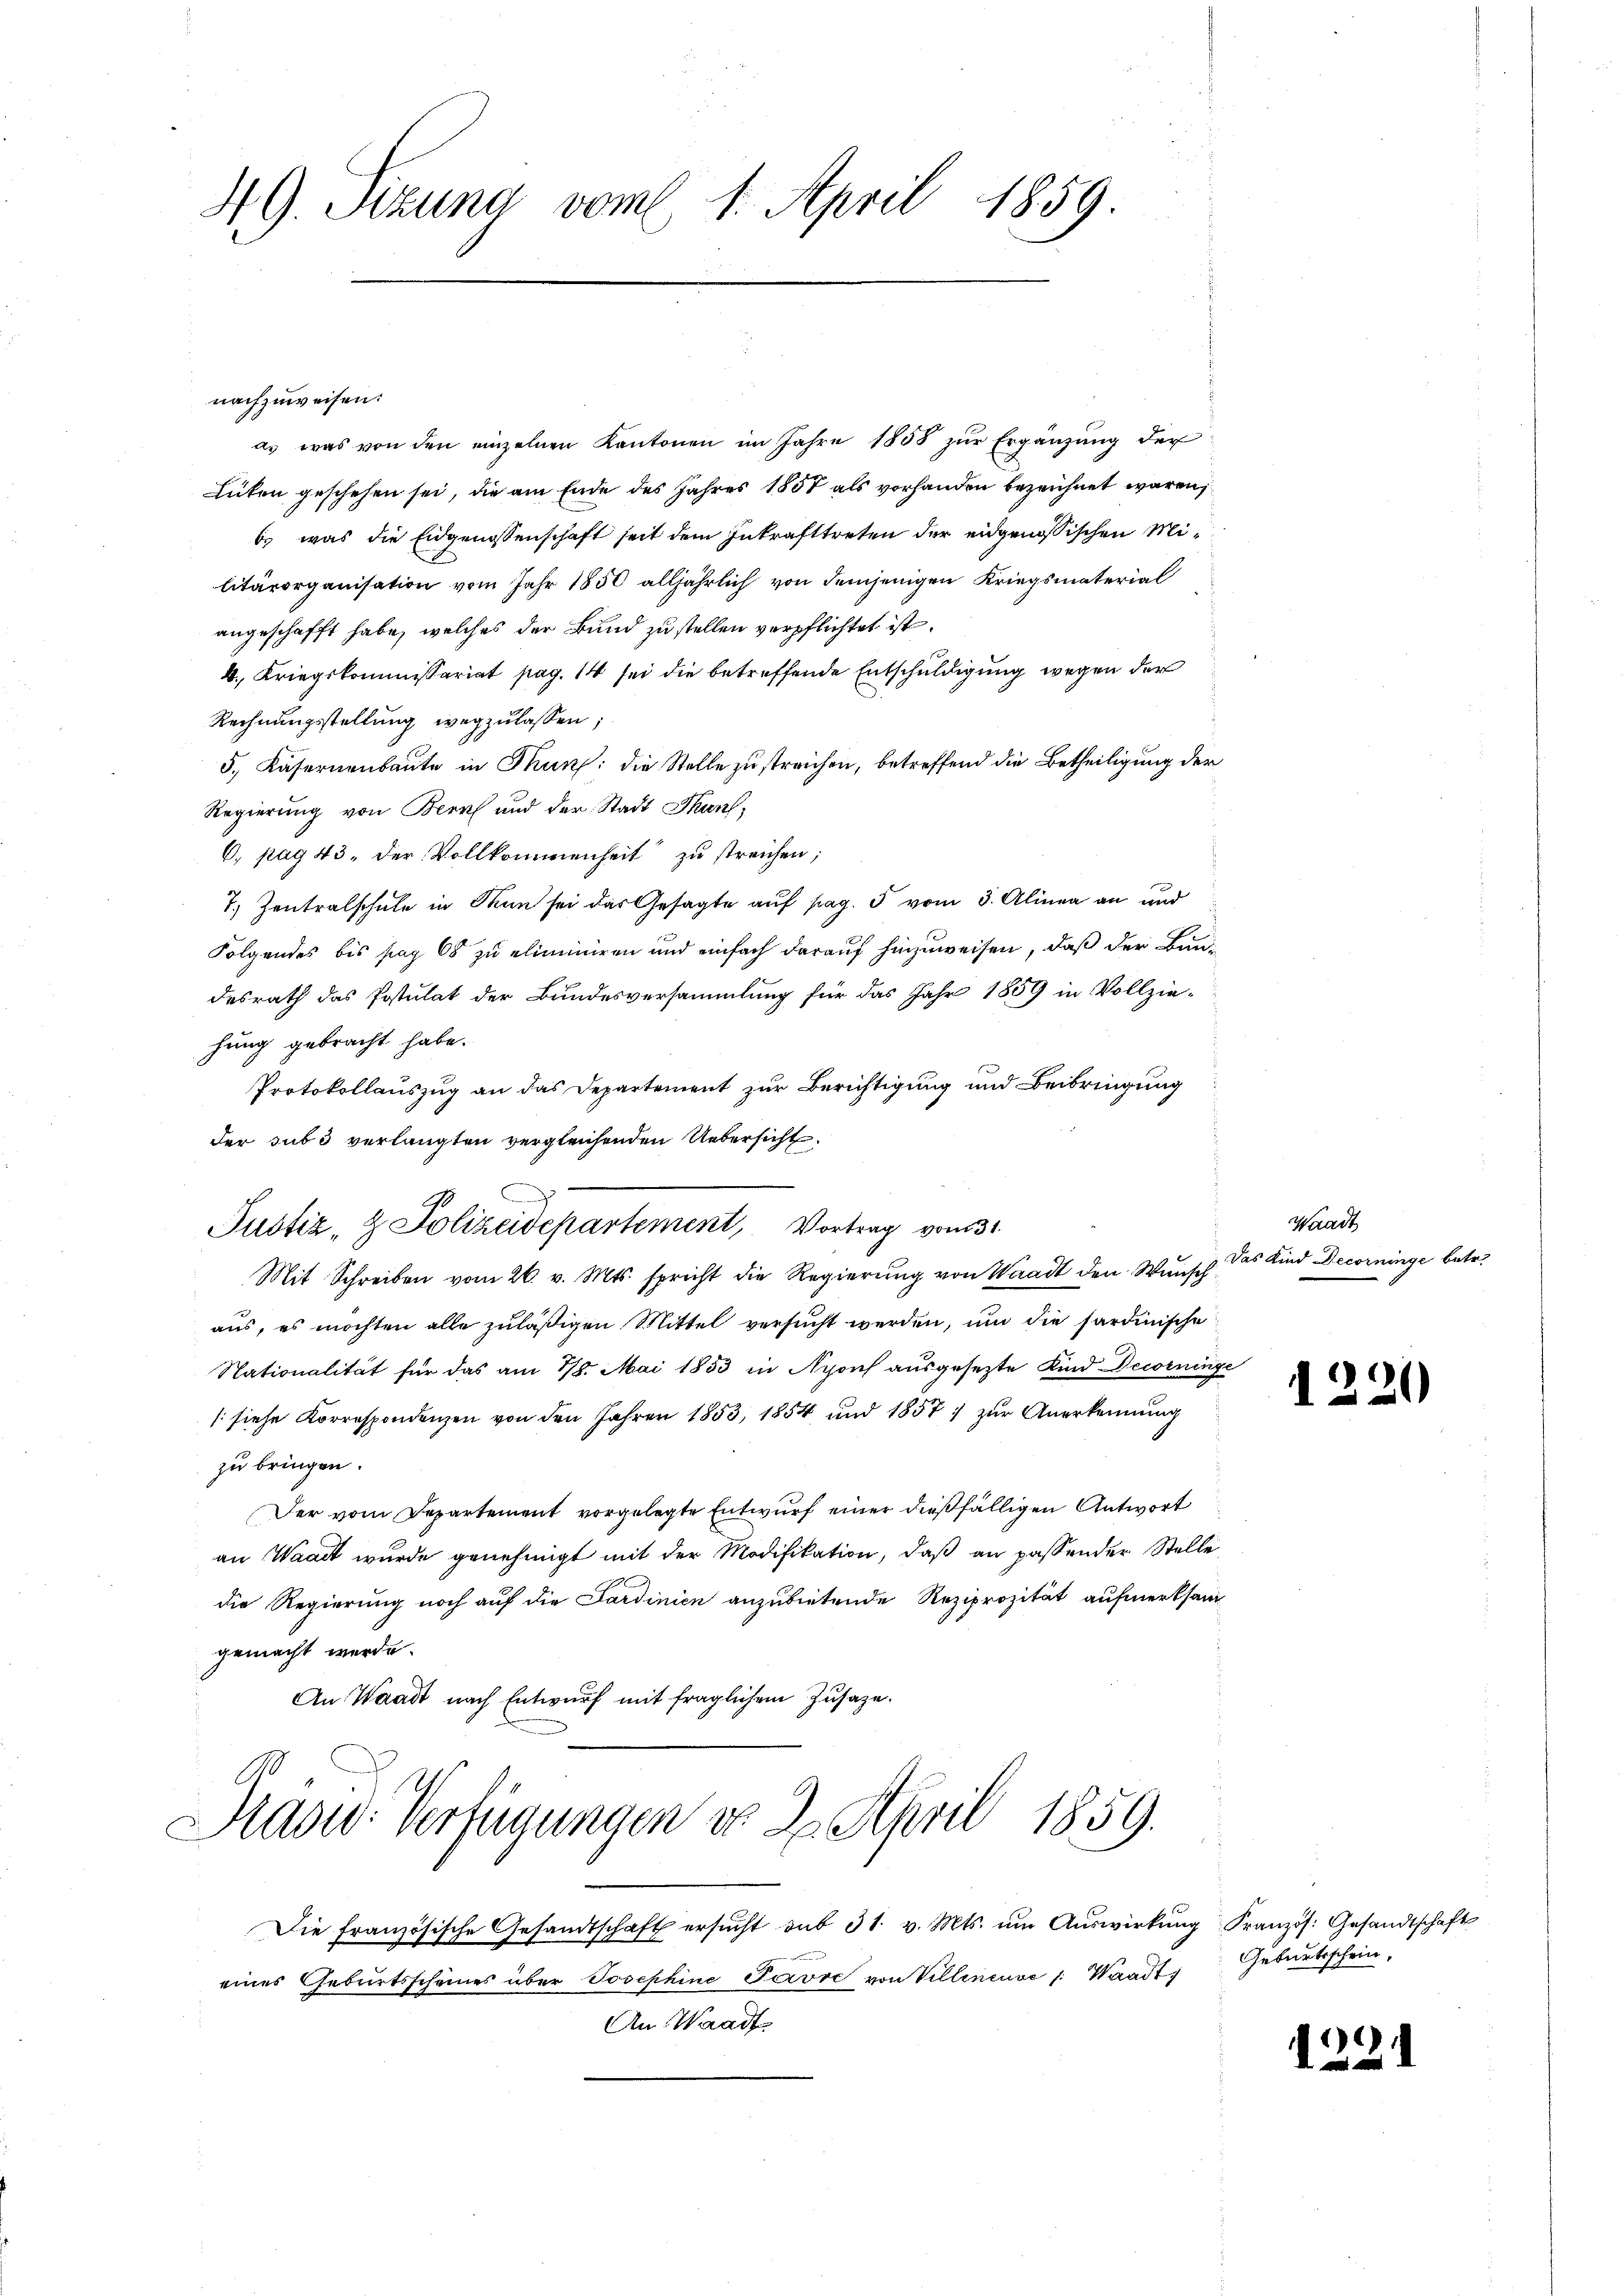
49. Sizung vom 1. April 1859.

nachzuweisen:
as was von den einzelnen Kantonen im Jahre 1808 zŭr Ergänzung der
Lüten geschehen sei, die am Ende des Jahres 1858 als vorhanden bezeichnet waren,
b. was die Eidgenossenschaft seit dem Inkrafttreten der eidgenössischen Militärorganisation vom Jahr 1850 alljährlich von demjenigen Kriegsmaterial
angeschafft habe, welches der Bund zu stellen verpflichtet ist.
4., Kriegskommissariat pag. 14 sei die betreffende Entschuldigung wegen der
Rechnungsstellung wegzulassen;
5, Käsernenbaute in Thuns: die Stelle zu streichen, betreffend die Betheiligung der
Regierung von Bern und der Stadt Thun,
6. pag. 43. der Vollkommenheit zu streichen;
7. Zentralschule in Thun sei das Gesagte auf pag. 5 vom 3. Alinea an und
Folgendes bis sag 68 zu eliminiren und einfach darauf hinzuweisen, daß der Bun-
desrath das Postulat der Bundesversammlung für das Jahr 1889 in Vollzie-
hung gebracht habe.
Protokollauszug an das Departement zur Berichtigung und Beibringung
der subi verlangten vergleichenden Uebersicht
Justiz- & Polizeidepartement, Vortrag von 31.
Mit Schreiben vom 26. v. Mts. spricht die Regierŭng von Waadt den Wunsch
aus, es möchten alle zuläßigen Mittel versucht werden, um die sardinische
Nationalität für das am 18. Mai 1853 in Nyons ausgesezte Kind Decorninge
(siehe Korrespondenzen von den Jahren 1853, 1854 und 1857; zŭr Anerkennung
zu bringen.
Der vom Departement vorgelegte Entwurf einer dießfälligen Antwort
an Waadt wurde genehmigt mit der Modifikation, daß an passender Stelle
die Regierung noch auf die Sardinien anzubietende Reziprozität aufmerksam
gemacht werde.
An Waadt nach Entwurf mit fraglichem Zusage.
Prasid. Verfügungen do 2. April 1859.
Die französische Gesandtschaft ersŭcht aus 31. v. Mts. ŭm Aŭswirkŭng Französ. Gesandtschaft
eines Geburtsscheines über Josephine Parvre von Villeneuve /: Waadt,
An Waadt

Waadt
Das Kind Decorninge betr.

)
1-20

Geburtsschein,

122